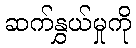
ဆက်နွှယ်မှုကို